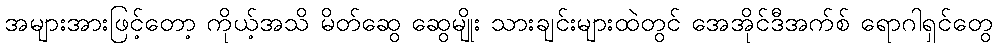
အများအားဖြင့်တော့ ကိုယ့်အသိ မိတ်ဆွေ ဆွေမျိုး သားချင်းများထဲတွင် အေအိုင်ဒီအက်စ် ရောဂါရှင်တွေ